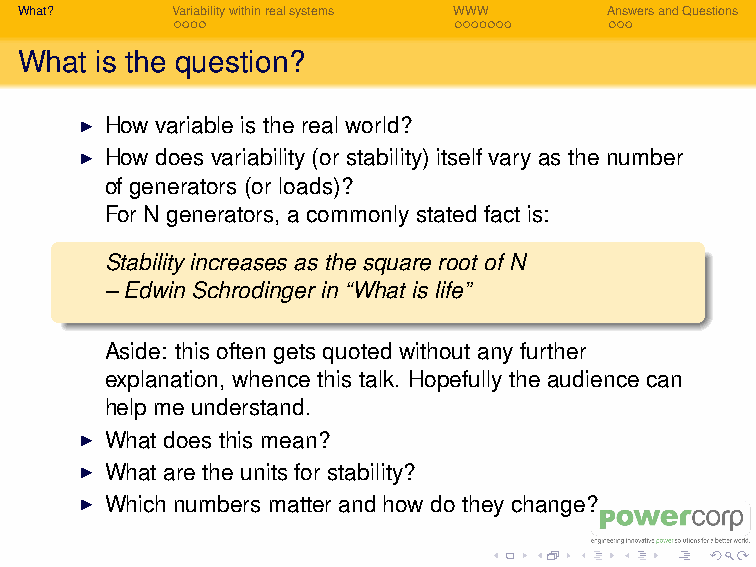
I How does affect reliability and plant costs?
 What?     Variabilitywithinrealsystems WWW AnswersandQuestions
 What is the question?
 I How variable is the real world?
 I How does variability (or stability) itself vary as the number
 of generators (or loads)?
 For N generators, a commonly stated fact is:
 Stability increases as the square root of N
 – Edwin Schrodinger in “What is life”
 Aside: this often gets quoted without any further
 explanation, whence this talk. Hopefully the audience can
 help me understand.
 I What does this mean?
 I What are the units for stability?
 I Which numbers matter and how do they change?